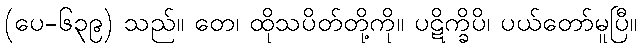
(ပေ-၆၃၉) သည်။ တေ၊ ထိုသပိတ်တို့ကို။ ပဋိက္ခိပိ၊ ပယ်တော်မူပြီ။